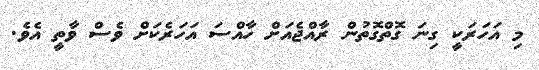
މި އަހަރަކީ ގިނަ ގޮތްގޮތުން ރާއްޖެއަށް ހާއްސަ އަހަރެކަށް ވެސް ވާތީ އެވެ.